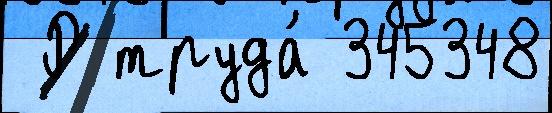
 Р труда́ 345348